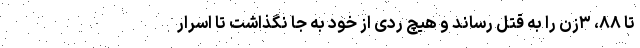
تا ۸۸، ۳زن را به قتل رساند و هیچ ردی از خود به جا نگذاشت تا اسرار